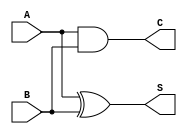
`timescale 1ns/1ps

module mealy(
    input A,
    input B,
    output S,
    output C
);
    assign S = A ^ B;
    assign C = A & B;
endmodule